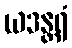
ယဒန္တရံ